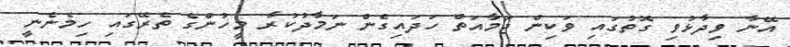
އޭނާ ވިދާޅުވި ގޮތުގައި ވަކިން ޖަމާއަތް ހަދައިގެން ނަމާދުކުރާ މީހުންގެ ތެރޭގައި ހިމެނެނީ